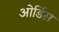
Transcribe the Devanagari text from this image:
ओर्डिस